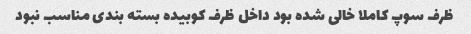
ظرف سوپ کاملا خالی شده بود داخل ظرف کوبیده بسته بندی مناسب نبود